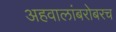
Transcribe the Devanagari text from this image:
अहवालांबरोबरच